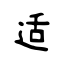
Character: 适